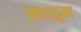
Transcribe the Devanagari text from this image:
ख़ातुन